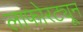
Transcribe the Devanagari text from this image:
लाफोरट्यून